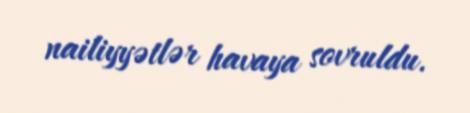
nailiyyətlər havaya sovruldu.